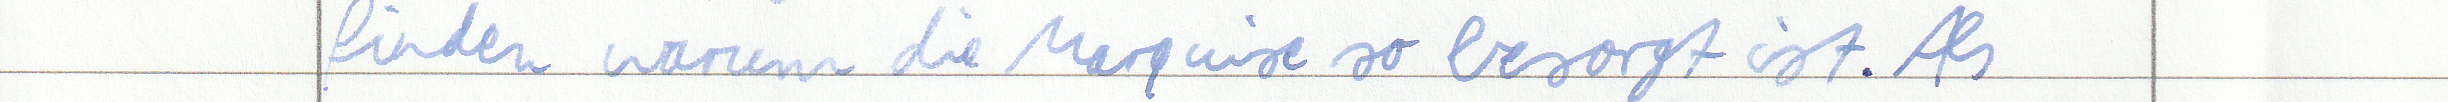
finden warum die Marquise so besorgt ist. Als